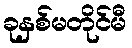
ခုနှစ်မတိုင်မီ